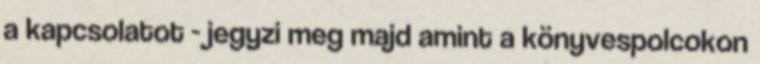
a kapcsolatot - jegyzi meg majd amint a könyvespolcokon